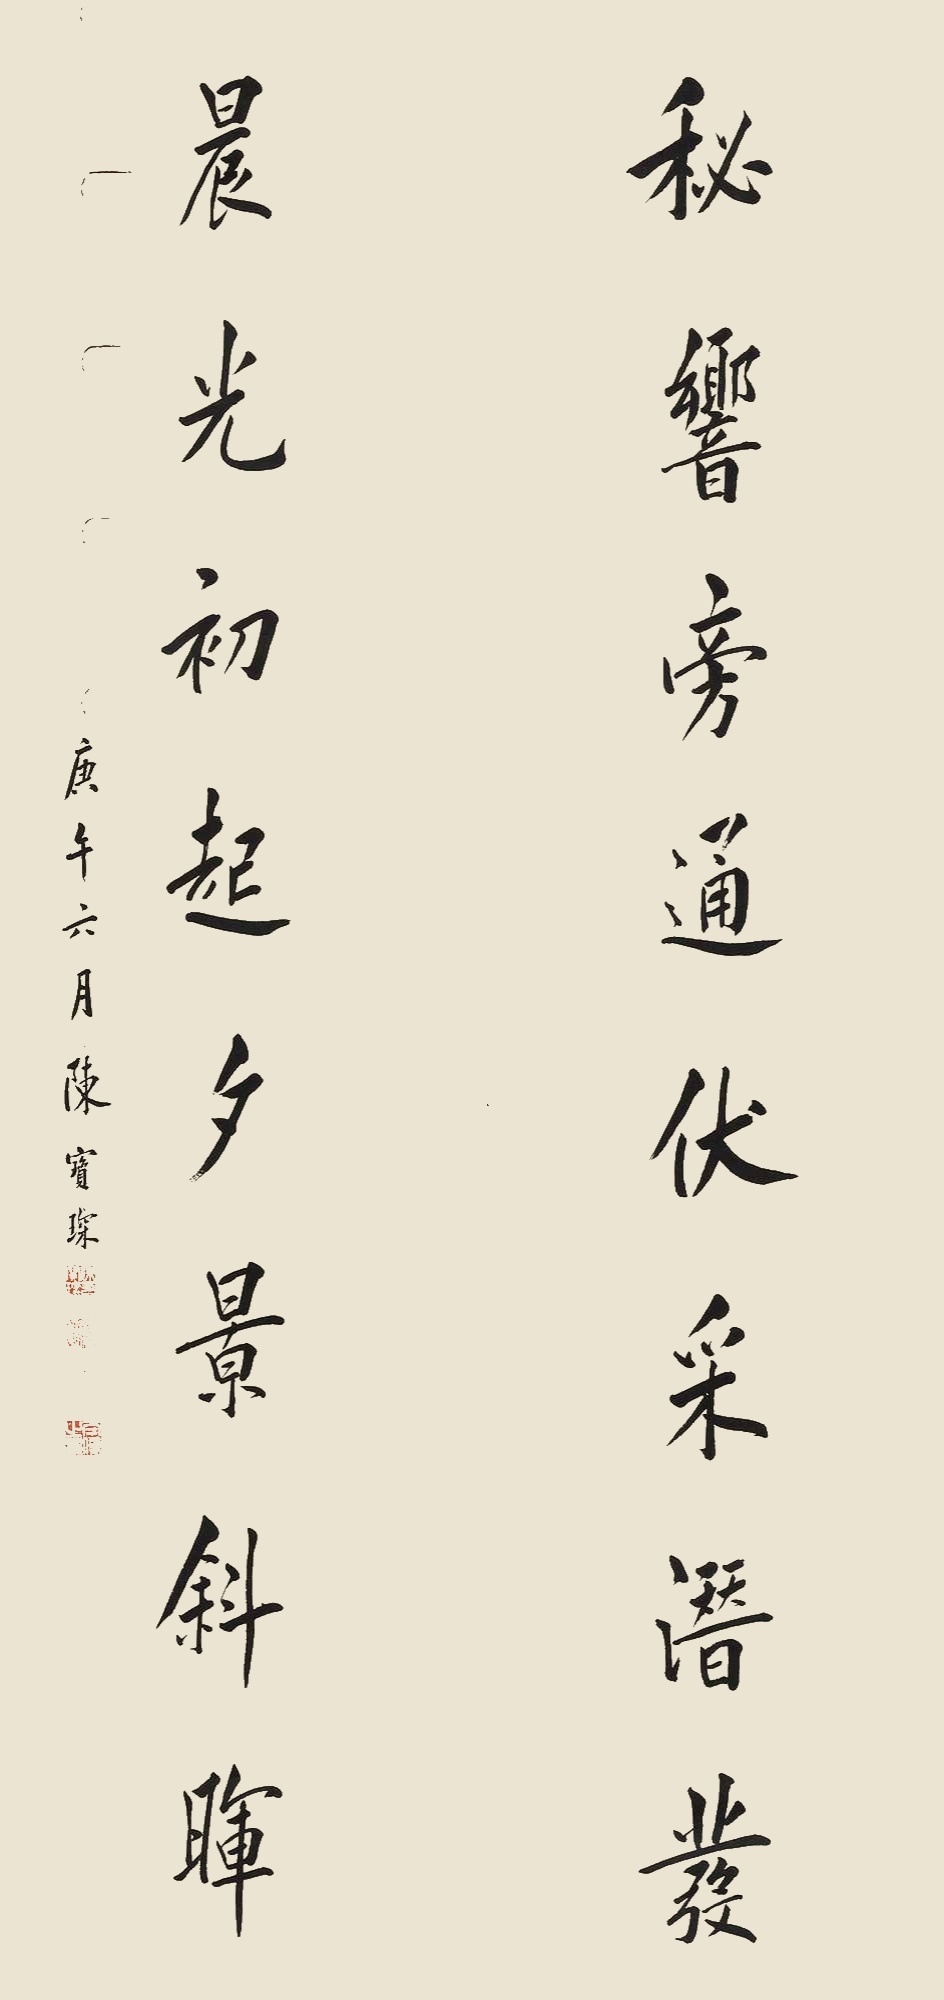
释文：秘响旁通伏采潜发，晨光初起夕景斜晖。庚午六月，陈宝琛。